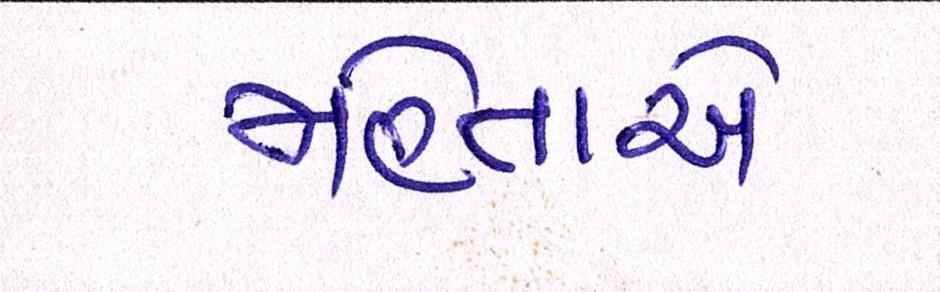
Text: મહેતાએ